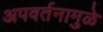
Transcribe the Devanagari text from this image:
अपवर्तनामुळे